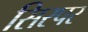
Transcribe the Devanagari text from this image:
सिरपर